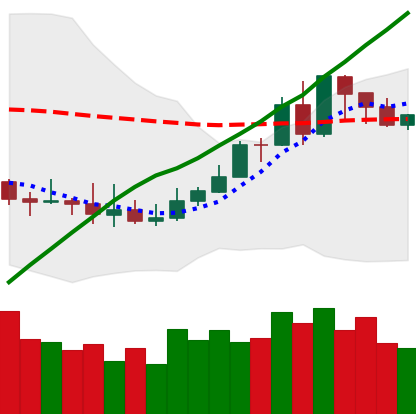
Ticker: XMR-USD
Chart end date: 2019-08-11
Forward return: -10.574%
Label: down_7plus